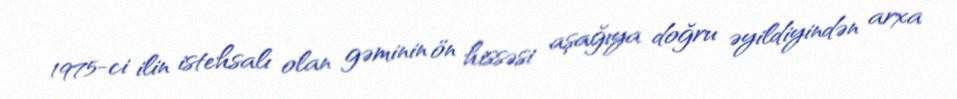
1975-ci ilin istehsalı olan gəminin ön hissəsi aşağıya doğru əyildiyindən arxa